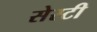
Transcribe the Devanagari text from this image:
सेस्टी